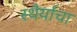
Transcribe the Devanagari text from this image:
स्थैर्याचा